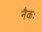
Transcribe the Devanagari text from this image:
नैकः